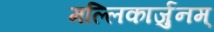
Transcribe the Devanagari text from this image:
मल्लिकार्जुनम्